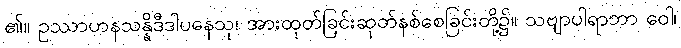
၏။ ဥဿာဟနသန္နိဒီဒါပနေသု၊ အားထုတ်ခြင်းဆုတ်နစ်စေခြင်းတို့၌။ သဗျာပါရာဘာ ဝေါ၊